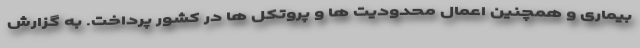
بیماری و همچنین اعمال محدودیت ها و پروتکل ها در کشور پرداخت. به گزارش